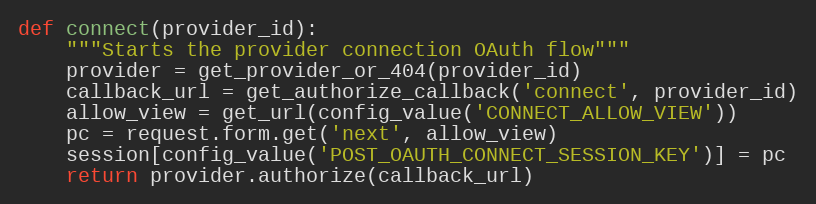
Language: Python
def connect(provider_id):
    """Starts the provider connection OAuth flow"""
    provider = get_provider_or_404(provider_id)
    callback_url = get_authorize_callback('connect', provider_id)
    allow_view = get_url(config_value('CONNECT_ALLOW_VIEW'))
    pc = request.form.get('next', allow_view)
    session[config_value('POST_OAUTH_CONNECT_SESSION_KEY')] = pc
    return provider.authorize(callback_url)